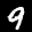
Label: 9